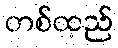
တစ်ထည်